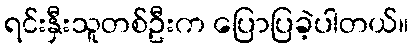
ရင်းနှီးသူတစ်ဦးက ပြောပြခဲ့ပါတယ်။